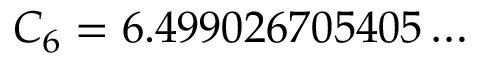
C _ { 6 } = 6 . 4 9 9 0 2 6 7 0 5 4 0 5 \ldots